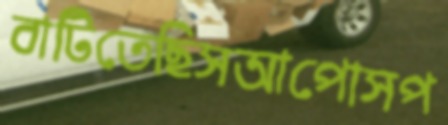
বাটিতেছিসআপোসপ